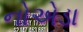
નોએડા